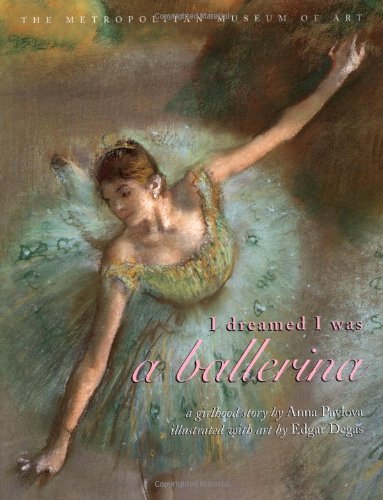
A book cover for I Dreamed I Was a Ballerina; Anna Pavlova; Children's Books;